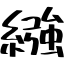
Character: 繦